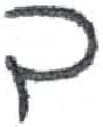
אות: ך